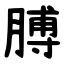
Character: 膊